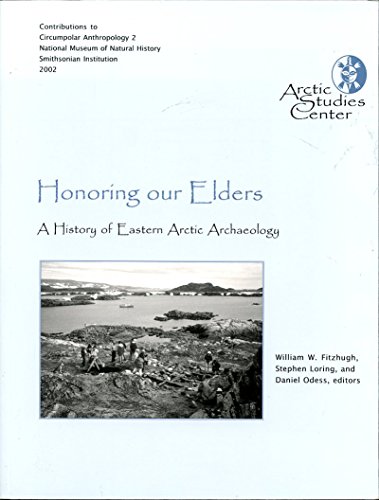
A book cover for Honoring Our Elders: A History of Eastern Arctic Archaeology (Contributions to Circumpolar Anthropology, 2.); History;